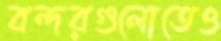
বন্দরগুলোতেও